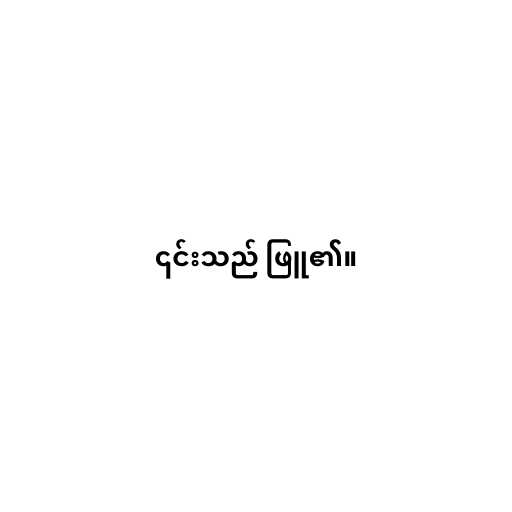
၎င်းသည် ဖြူ၏။